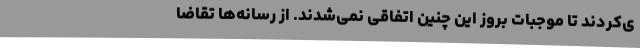
ی‌کردند تا موجبات بروز این چنین اتفاقی نمی‌شدند. از رسانه‌ها تقاضا